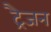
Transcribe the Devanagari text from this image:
ट्रैजन